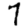
Digit: 7